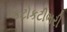
કટોકટીભરી